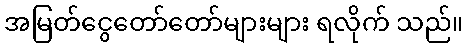
အမြတ်ငွေတော်တော်များများ ရလိုက် သည်။